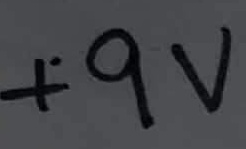
Text: +9V